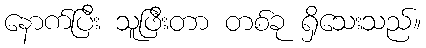
နောက်ပြီး သူဖြီးတာ တစ်ခု ရှိသေးသည်။